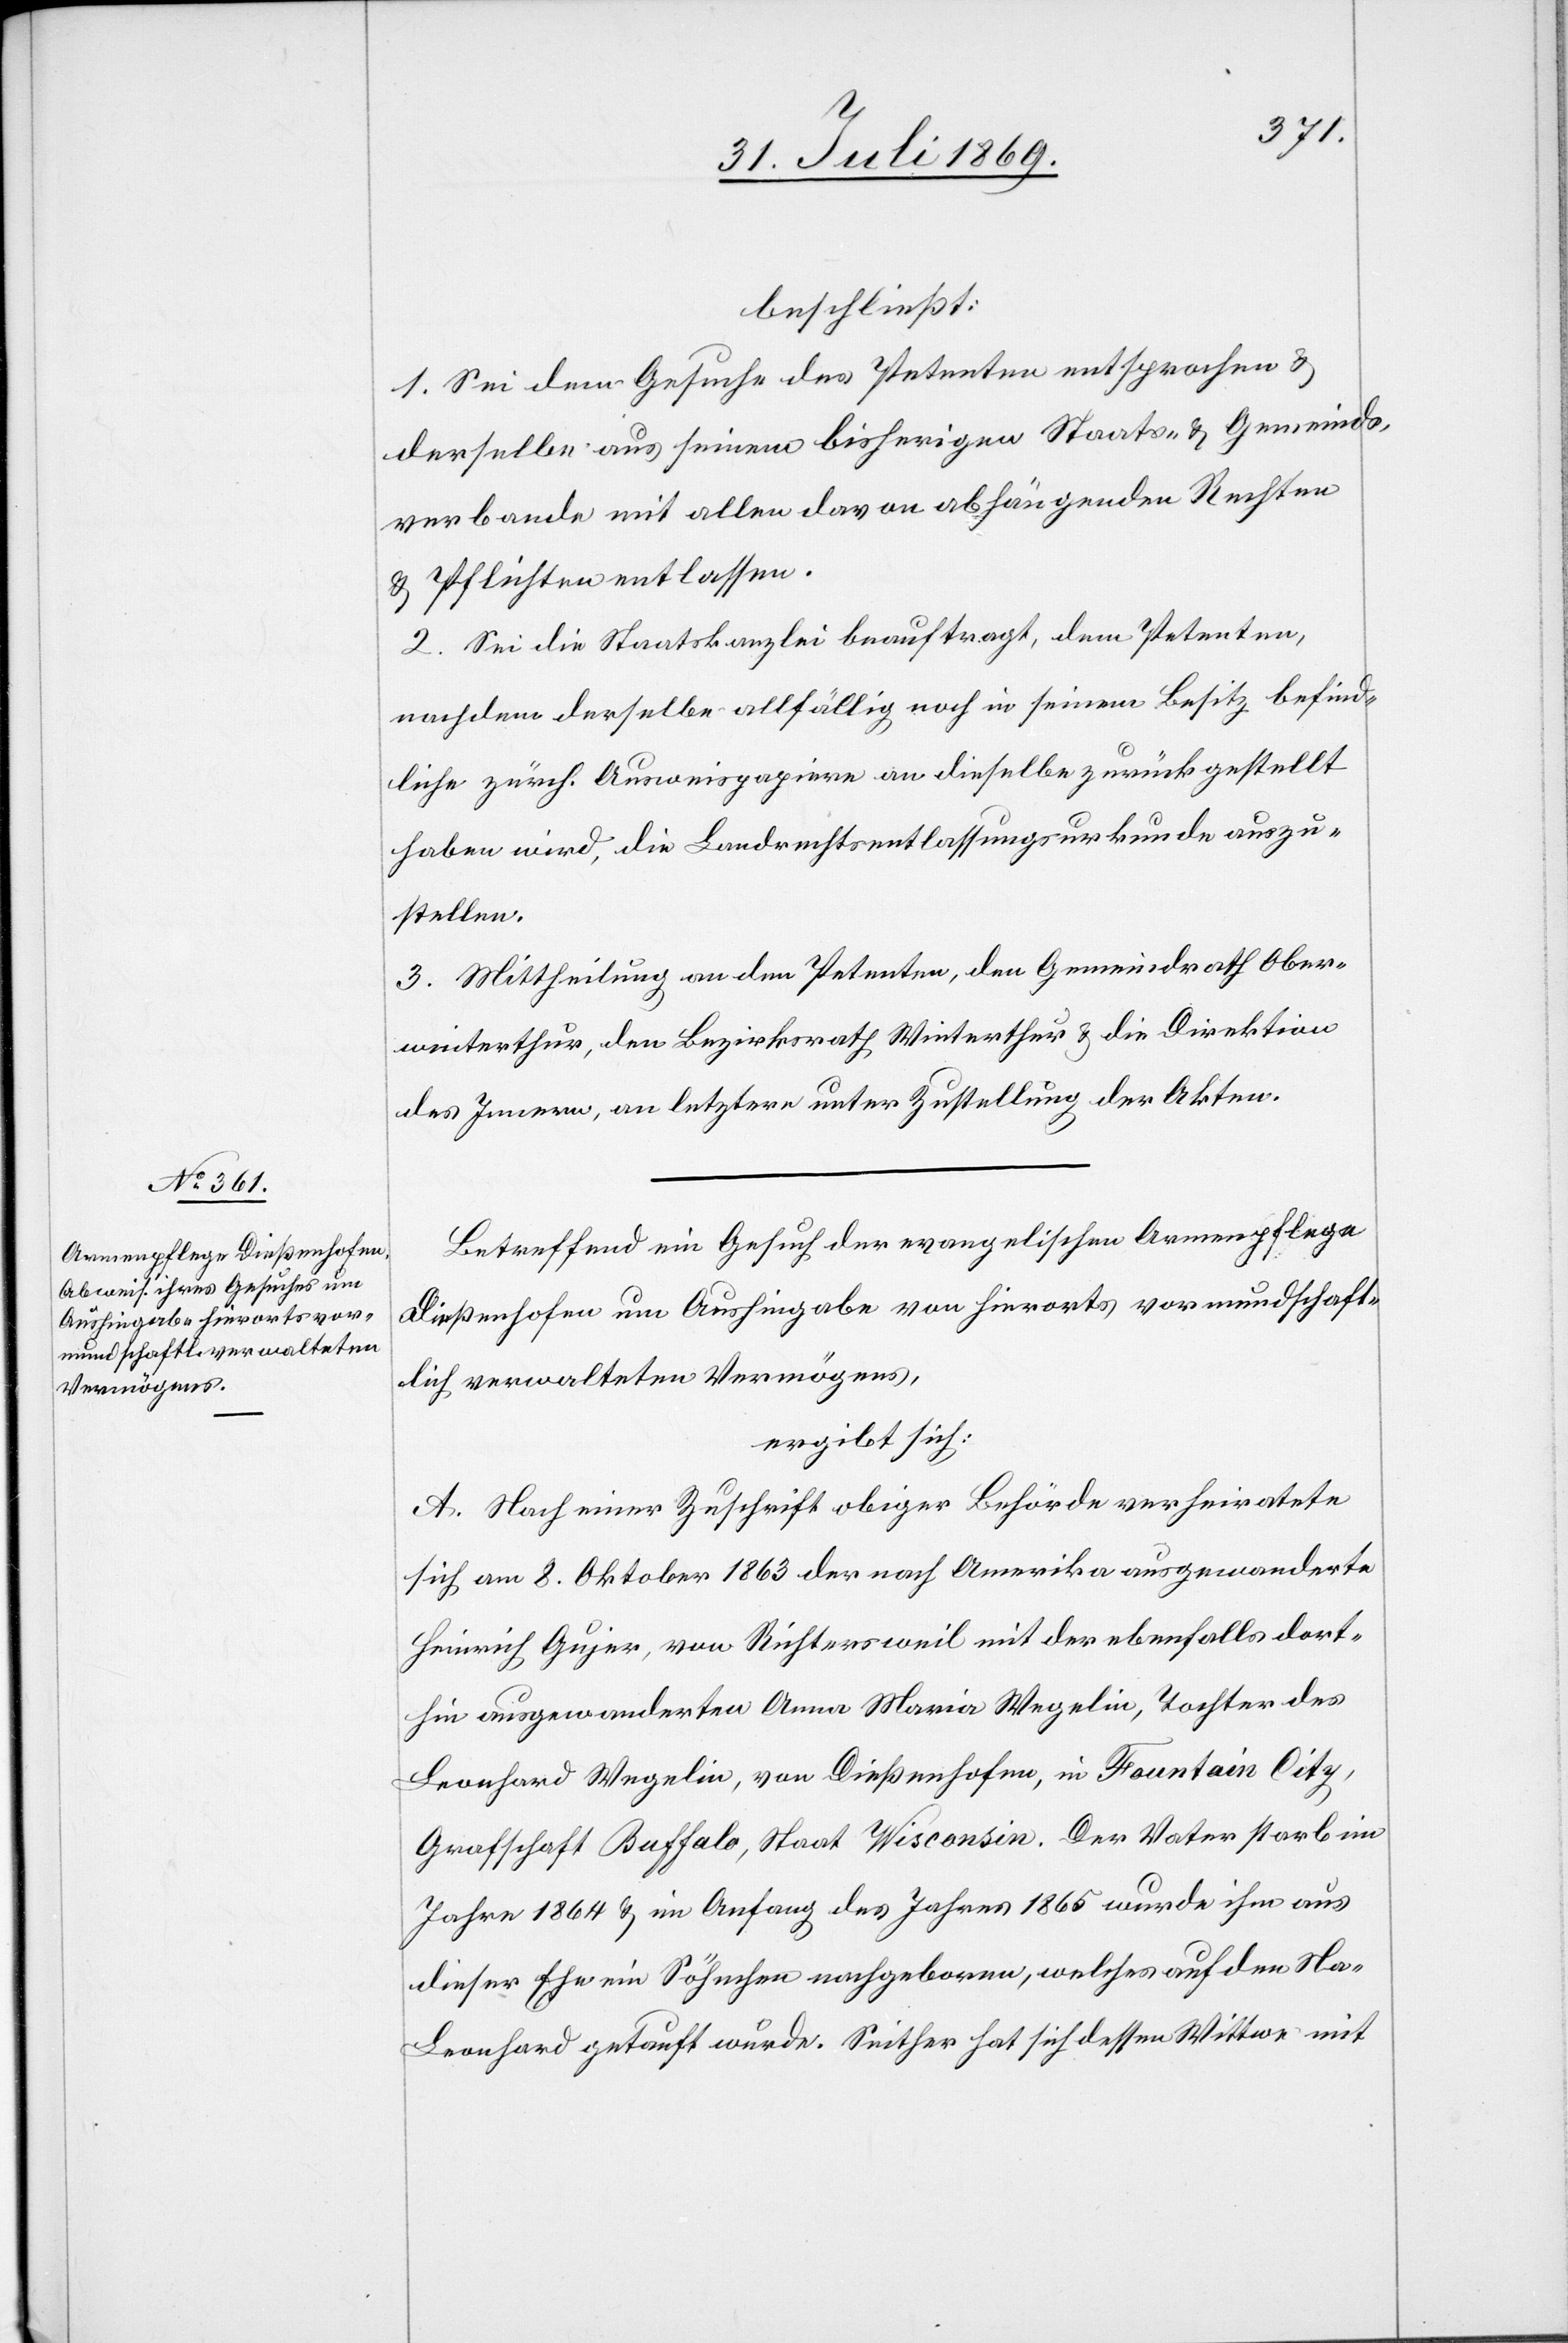
beschließt:
1. Sei dem Gesuche des Petenten entsprochen u.
derselbe aus seinem bisherigen Staats- u. Gemeinds¬
verband mit allen davon abhängenden Rechten
u. Pflichten entlassen.
2. Sei die Staatskanzlei beauftragt, dem Petenten,
nachdem derselbe allfällig noch in seinem Besitze befind¬
liche zürch. Ausweispapiere an dieselbe zurückgestellt
haben wird, die Landrechtsentlassungsurkunde auszu¬
stellen.
3. Mittheilung an den Petenten, den Gemeindrath Ober¬
winterthur, den Bezirksrath Winterthur u. die Direktion
des Innern, an letztere unter Zustellung der Akten.
Betreffend ein Gesuch der evangelischen Armenpflege
Dießenhofen um Aushingabe von hierorts vormundschaft¬
lich verwalteten Vermögens,
ergiebt sich:
A. Nach einer Zuschrift obiger Behörde verheirathete
sich am 8. Oktober 1863 der nach Amerika ausgewanderte
Heinrich Gujer, von Richtersweil mit der ebenfalls dort¬
hin ausgewanderten Anna Maria Wegelin, Tochter des
Leonhard Wegelin, von Dießenhofen, in Fountain City,
Grafschaft Buffalo, Staat Wisconsin. Der Vater starb im
Jahre 1864 u. im Anfang des Jahres 1865 wurde ihm aus
dieser Ehe ein Söhnchen nachgeboren, welches auf den Na[men]
Leonhard getauft wurde. Seither hat sich dessen Wittwe mit